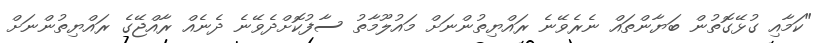
"ކަމާއި ގުޅޭގޮތުން ބަޔާންތައް ނެރެވޭނެ ރައްޔިތުންނަށް މައުލޫމާތު ސާފުކޮށްދެވޭނެ ދެނެއް ރާއްޖޭގެ ރައްޔިތުންނަށް